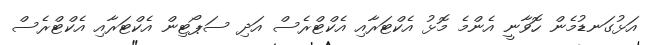
އަޅުގަނޑުމެން ހޮވާނީ އެންމެ މޮޅު އެކްޓަރާއި އެކްޓްރެސް އަދި ސަޕޯޓިން އެކްޓަރާއި އެކްޓްރެސް